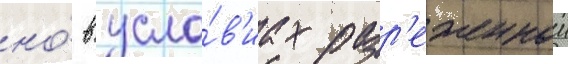
но́ в усло́в'иах разр'еженнои